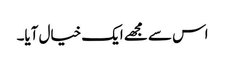
اس سے مجھے ایک خیال آیا۔